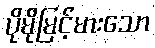
ပိုမိုမြင့်မားသော